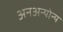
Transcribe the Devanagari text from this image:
अनअन्‍योन्‍य